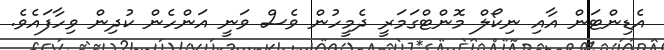
އެޑިންޓަން އާއި ނިކޯލް މޮންޓްގަމަރީ ދެމީހުން ވެސް ވަނީ އަންހެން ކުދިން ވިހާފައެވެ.